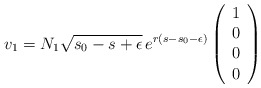
\begin{align*}v_1= N_1 \sqrt{s_0-s + \epsilon} \, e^{r(s-s_0-\epsilon)}\left(\begin{array}{c}1\\0\\0\\0\end{array}\right)\end{align*}